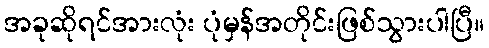
အခုဆိုရင်အားလုံး ပုံမှန်အတိုင်းဖြစ်သွားပါပြီ။